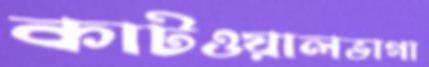
কাটওয়ালভাগা